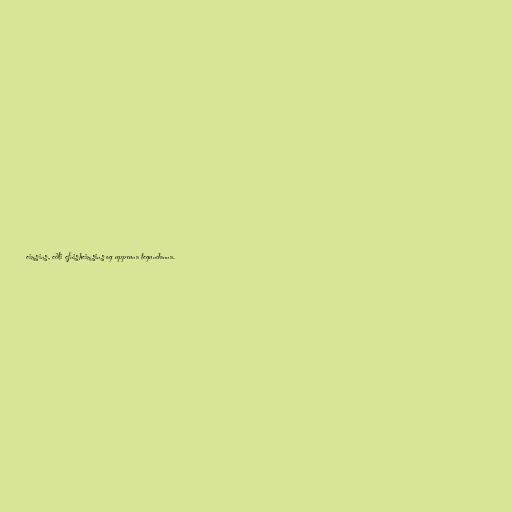
eimsins, eðli efnisheimsins og uppruna tegundanna.